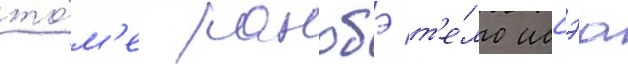
то́м'е ранобэ т'е́ло иссэа